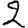
Digit: 2